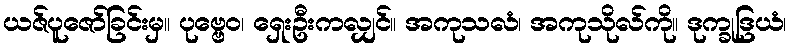
ယဇ်ပူဇော်ခြင်းမှ။ ပုဗ္ဗေဝ၊ ရှေးဦးကလျှင်။ အကုသလံ၊ အကုသိုလ်ကို။ ဒုက္ခုဒြယံ၊